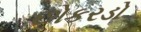
છોકરડો